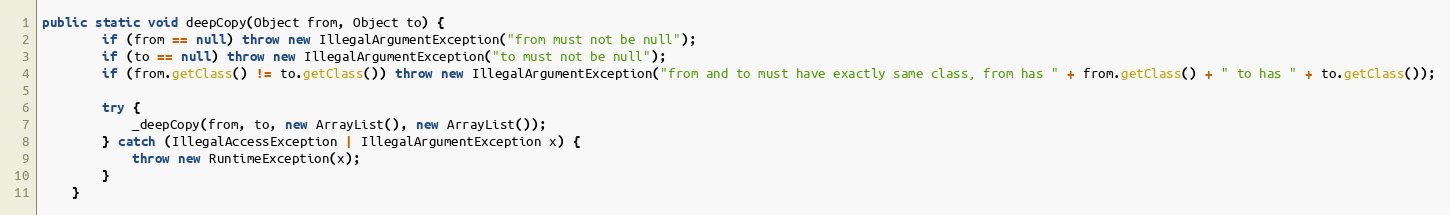
Language: Java
public static void deepCopy(Object from, Object to) {
		if (from == null) throw new IllegalArgumentException("from must not be null");
		if (to == null) throw new IllegalArgumentException("to must not be null");
		if (from.getClass() != to.getClass()) throw new IllegalArgumentException("from and to must have exactly same class, from has " + from.getClass() + " to has " + to.getClass());

		try {
			_deepCopy(from, to, new ArrayList(), new ArrayList());
		} catch (IllegalAccessException | IllegalArgumentException x) {
			throw new RuntimeException(x);
		}
	}